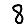
Digit: 8